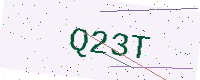
Text: Q23T